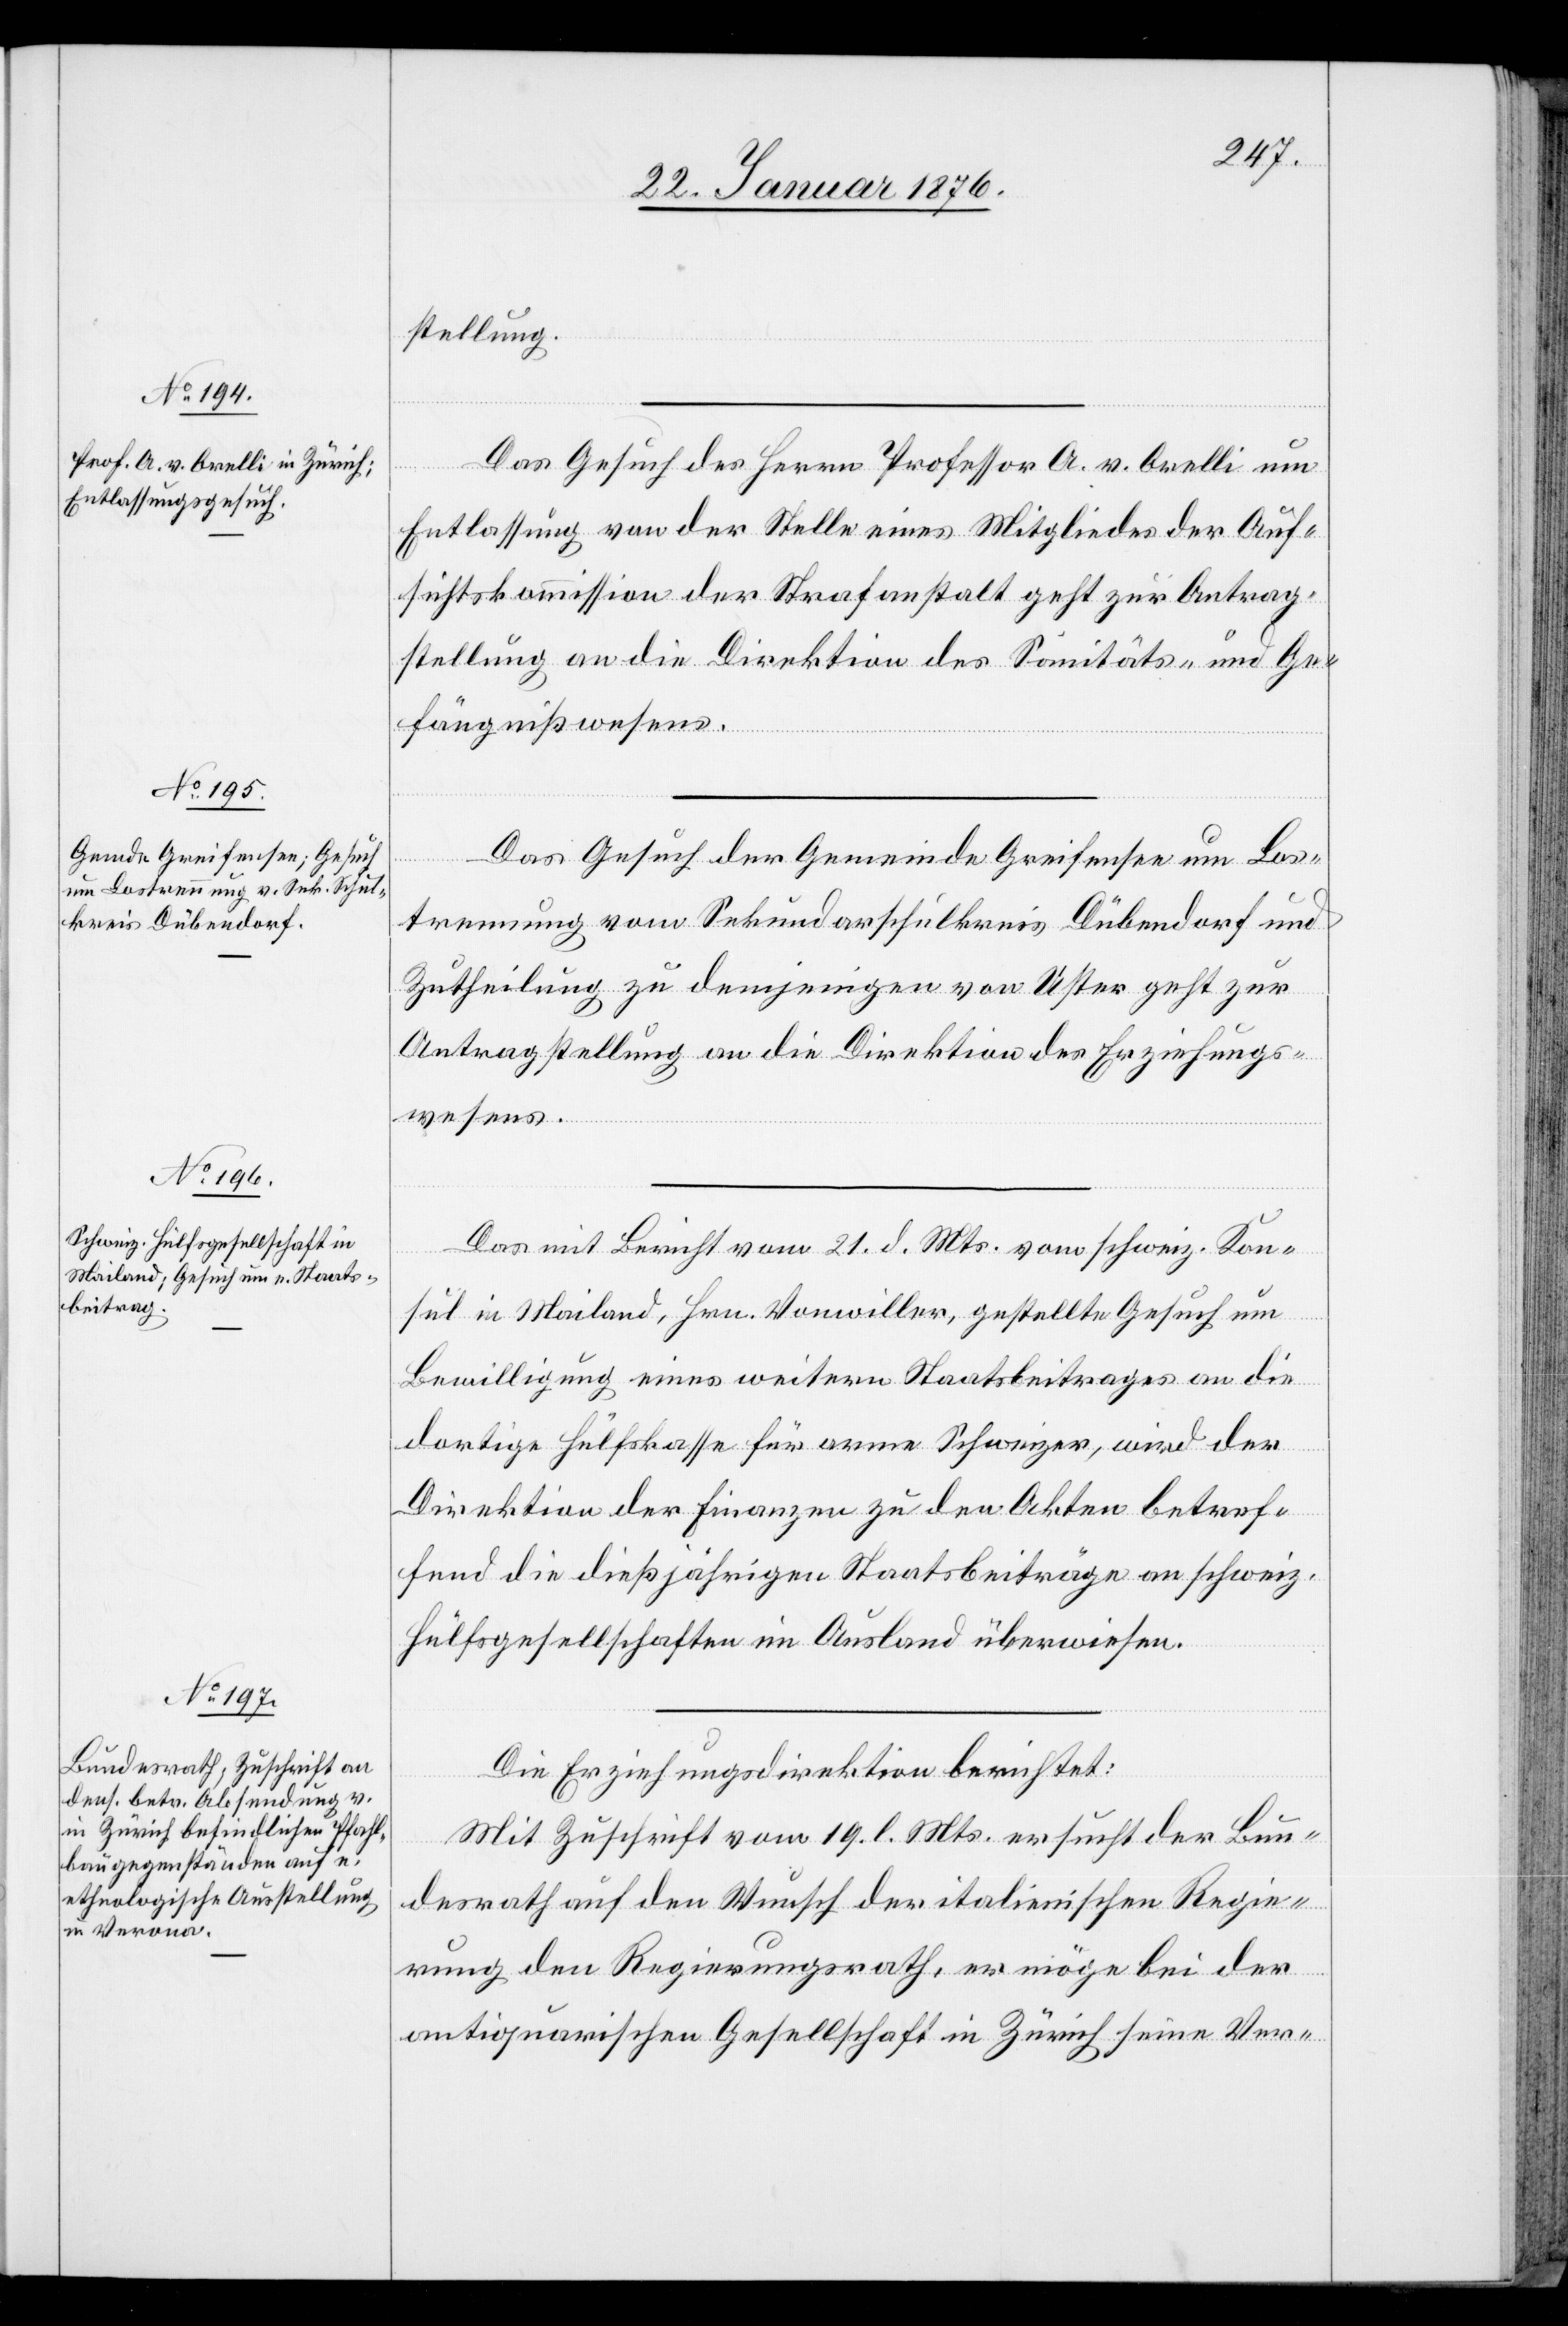
24. Januar 1876.]
stellung
Das Gesuch des Herrn Professor A. v. Orelli um
Entlassung von der Stelle eines Mitgliedes der Auf¬
sichtskommission der Strafanstalt geht zur Antrag¬
fängnißwesens.
Sanitäts- und Ge¬
Das Gesuch der Gemeinde Greifensee um Los¬
trennung vom Sekundarschulkreis Dübendorf und
Zutheilung zu demjenigen von Uster geht zur
Antragstellung an die Direktion des Erziehungs¬
wesens.
Das mit Bericht vom 21. d. Mts. vom schweiz. Kon¬
sul in Mailand, Hrn. Vonwiller, gestellte Gesuch um
Bewilligung eines weitern Staatsbeitrages an die
dortige Hülfskasse für arme Schweizer, wird der
Direktion der Finanzen zu den Akten betref¬
fend die dießjährigen Staatsbeiträge an schweiz.
Hülfsgesellschaften im Ausland überwiesen.
Die Erziehungsdirektion berichtet:
Mit Zuschrift vom 19. l. Mts. ersucht der Bun¬
desrath auf den Wunsch der italienischen Regie¬
rung den Regierungsrath, er möge bei der
antiquarischen Gesellschaft in Zürich seine Ver-